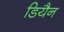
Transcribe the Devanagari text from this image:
डियैन